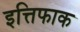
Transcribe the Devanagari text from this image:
इत्तिफाक